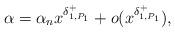
LaTeX: \begin{align*}\alpha=\alpha_{n}x^{\delta_{1,P_{1}}^{+}}+o(x^{\delta_{1,P_{1}}^{+}}),\end{align*}